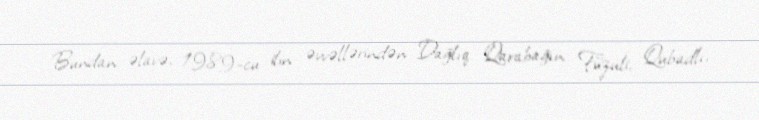
Bundan əlavə, 1989-cu ilin əvvəllərindən Dağlıq Qarabağın Füzuli, Qubadlı,